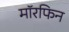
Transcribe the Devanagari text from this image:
मॉरफिन